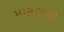
મણસની